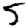
Digit: 5